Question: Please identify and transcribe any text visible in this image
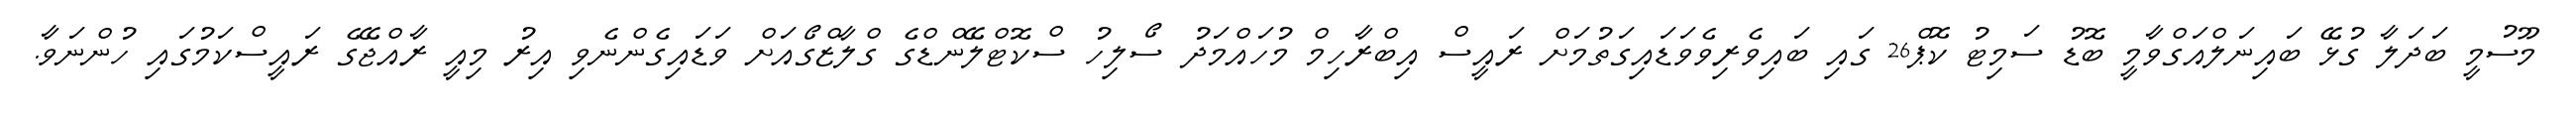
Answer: މޫސުމީ ބަދަލާ ގުޅޭ ބައިނަލްއަގްވާމީ ބޮޑު ސަމިޓު ކޮޕް26 ގައި ބައިވެރިވެވަޑައިގަތުމަށް ރައީސް އިބްރާހިމް މުހައްމަދު ސޯލިހު ސްކޮޓްލޭންޑްގެ ގްލާޒްގޯއަށް ވަޑައިގެންނެވި އިރު މިއީ ރާއްޖޭގެ ރައީސްކަމުގައި ހުންނަވާ.